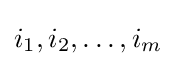
i_{1},i_{2},\dots ,i_{m}